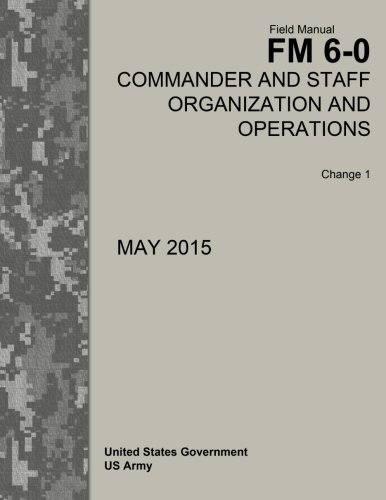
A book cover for Field Manual FM 6-0 Commander and Staff Organization and Operations Change 1 May 2015; United States Government US Army; Test Preparation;